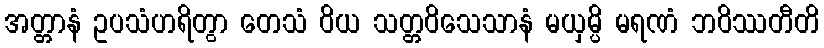
အတ္တာနံ ဥပသံဟရိတွာ တေသံ ဝိယ သတ္တဝိသေသာနံ မယှမ္ပိ မရဏံ ဘဝိဿတီတိ